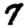
Digit: 7